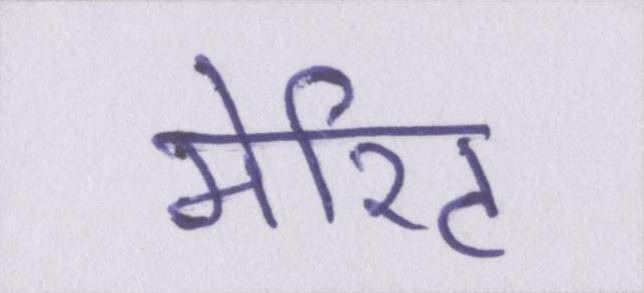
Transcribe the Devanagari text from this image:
मेरिट